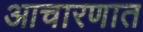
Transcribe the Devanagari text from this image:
आचारणात